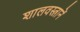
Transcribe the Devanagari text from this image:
शालवस्त्रानें